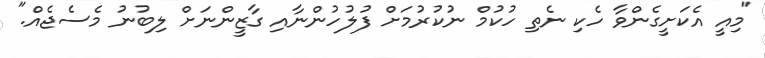
"މިއީ އެކަށީގެންވާ ހެކި ނެތި ހުކުމް ނުކުރުމަށް ފުލުހުންނާއި ގާޒީންނަށް ލިބުނު މެސެޖެއް."